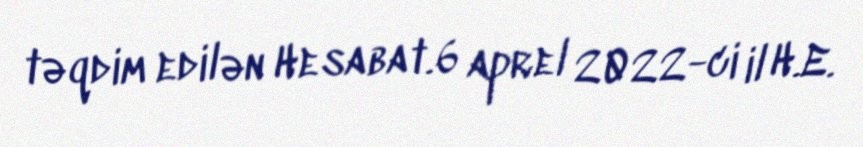
təqdim edilən Hesabat.6 aprel 2022-ci il H.E.